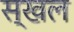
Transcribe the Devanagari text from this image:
स्खल